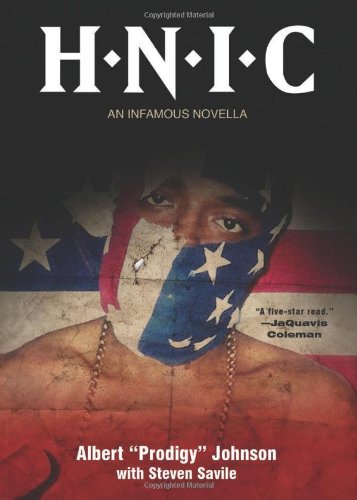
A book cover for H.N.I.C.; Albert Johnson; Literature & Fiction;